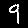
Digit: 9